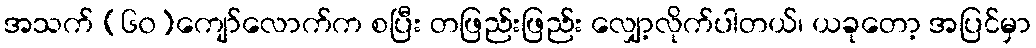
အသက် (၆၀)ကျော်လောက်က စပြီး တဖြည်းဖြည်း လျှော့လိုက်ပါတယ်၊ ယခုတော့ အပြင်မှာ